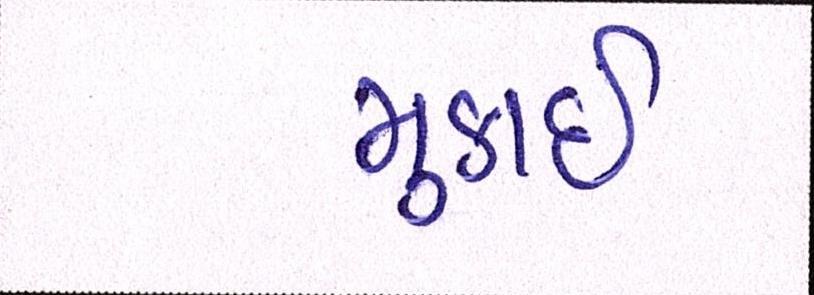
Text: મુકાઈ